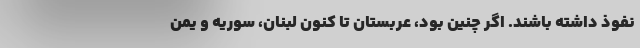
نفوذ داشته باشند. اگر چنین بود، عربستان تا کنون لبنان، سوریه و یمن